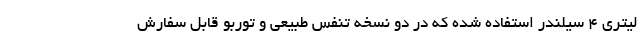
لیتری 4 سیلندر استفاده شده که در دو نسخه تنفس طبیعی و توربو قابل سفارش